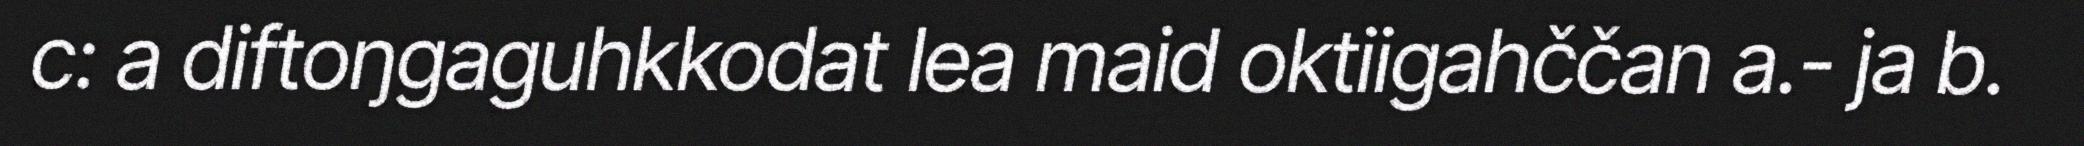
c: a diftoŋgaguhkkodat lea maid oktiigahččan a.- ja b.